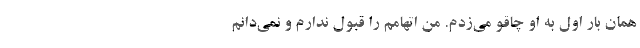
همان بار اول به او چاقو می‌زدم. من اتهامم را قبول ندارم و نمی‌دانم